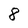
Character: 8